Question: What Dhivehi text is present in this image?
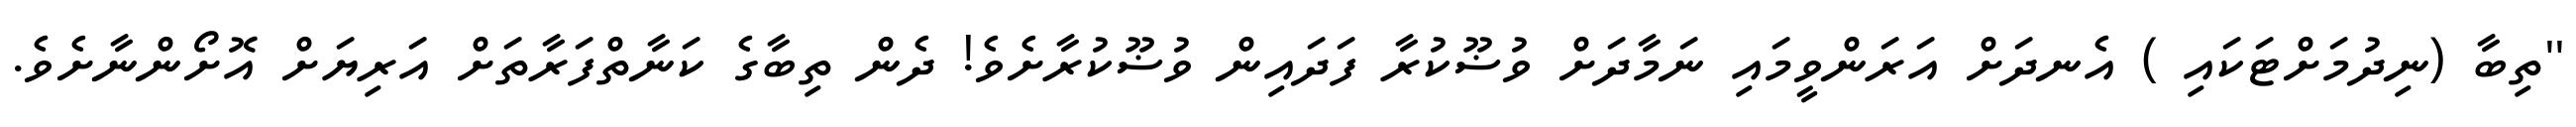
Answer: ''ތިބާ (ނިދުމަށްޓަކައި ) އެނދަށް އަރަންވީމައި ނަމާދަށް ވުޟޫކުރާ ފަދައިން ވުޟޫކުރާށެވެ! ދެން ތިބާގެ ކަނާތްފަރާތަށް އަރިޔަށް އޮށޯންނާށެވެ.